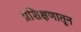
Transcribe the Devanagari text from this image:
प्रशिक्षणातून